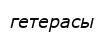
гетерасы